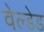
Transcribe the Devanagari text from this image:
वेल्डेड